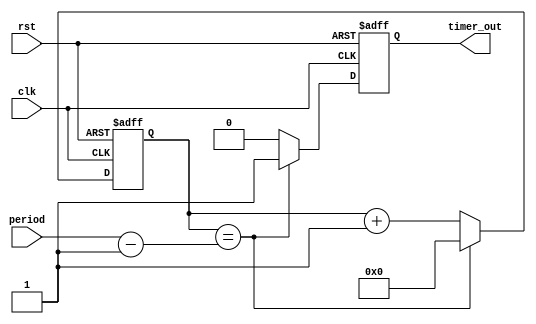
module periodic_timer (
    input clk,
    input rst,
    input [31:0] period,
    output reg timer_out
);

reg [31:0] count;

always @ (posedge clk or posedge rst) begin
    if (rst) begin
        count <= 0;
        timer_out <= 0;
    end else begin
        if (count == period - 1) begin
            count <= 0;
            timer_out <= 1;
        end else begin
            count <= count + 1;
            timer_out <= 0;
        end
    end
end

endmodule